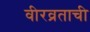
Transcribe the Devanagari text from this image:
वीरव्रताची